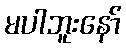
မပါဘူးနော်